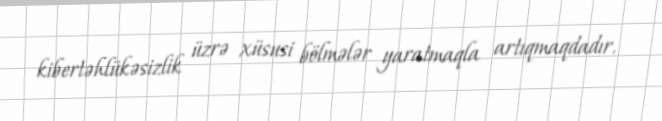
kibertəhlükəsizlik üzrə xüsusi bölmələr yaratmaqla artıqmaqdadır.